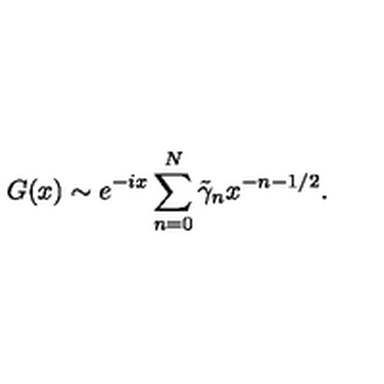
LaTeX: G ( x ) \sim e ^ { - i x } \sum _ { n = 0 } ^ { N } \tilde { \gamma } _ { n } x ^ { - n - 1 / 2 } .